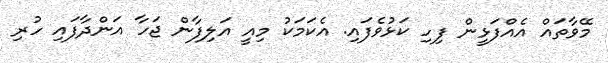
މޭވާތައް އެއްފަޅީން ފިހި ކަޅުވެފައި. އެކަމަކު މިއީ އަަލިފާން ޖަހާ އަންދާފައި ހުރި